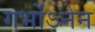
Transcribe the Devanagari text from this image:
गर्भोऽनेन